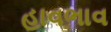
હાવભાવ